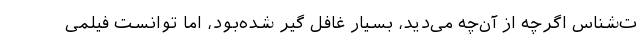
ت‌شناس اگرچه از آن‌چه می‌دید، بسیار غافل گیر شده‌بود، اما توانست فیلمی